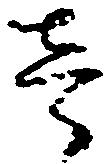
壱